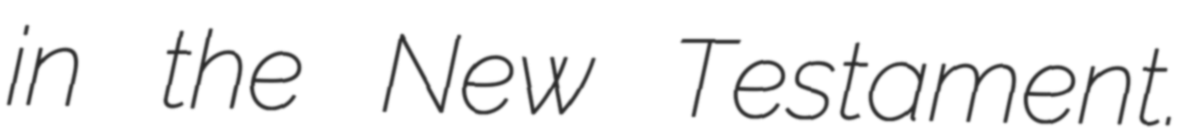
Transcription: in the New Testament.